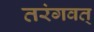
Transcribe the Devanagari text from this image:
तरंगवत्